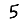
Digit: 5